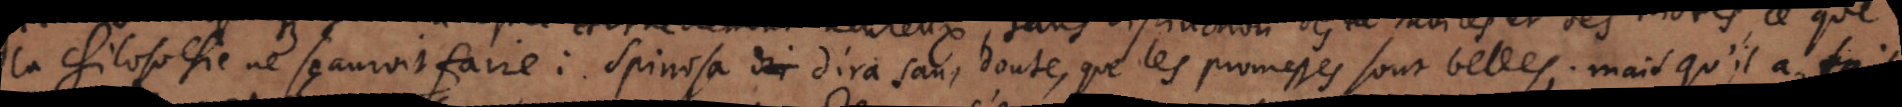
la philosophie ne scçauroit faire : Spinosa dira sans doute que les promesses sont belles, mais qu’il a fait